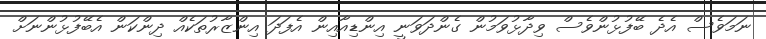
ނަމަވެސް އެދެ ބޭފުޅުންވެސް ވިދާޅުވަމުން ގެންދަވަނީ އިންޑިއާއިން އެފަދަ އިންޒާރުތަކެއް ދިންކަން އެބޭފުޅުންނަށް